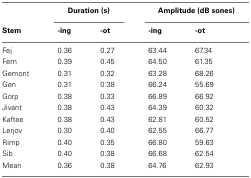
<table><thead><tr><td></td><td colspan="2"><b>Duration (s)</b></td><td colspan="2"><b>Amplitude (dB sones)</b></td></tr><tr><td><b>Stem</b></td><td><b>-ing</b></td><td><b>-ot</b></td><td><b>-ing</b></td><td><b>-ot</b></td></tr></thead><tbody><tr><td>Fej</td><td>0.36</td><td>0.27</td><td>63.44</td><td>67.34</td></tr><tr><td>Fem</td><td>0.39</td><td>0.45</td><td>64.50</td><td>61.35</td></tr><tr><td>Gemont</td><td>0.31</td><td>0.32</td><td>63.28</td><td>68.26</td></tr><tr><td>Gen</td><td>0.31</td><td>0.38</td><td>66.24</td><td>55.69</td></tr><tr><td>Gorp</td><td>0.38</td><td>0.33</td><td>66.89</td><td>66.92</td></tr><tr><td>Jivant</td><td>0.38</td><td>0.43</td><td>64.39</td><td>60.32</td></tr><tr><td>Kaftee</td><td>0.38</td><td>0.43</td><td>62.81</td><td>60.52</td></tr><tr><td>Lerjov</td><td>0.30</td><td>0.40</td><td>62.55</td><td>66.77</td></tr><tr><td>Rimp</td><td>0.40</td><td>0.35</td><td>66.80</td><td>59.63</td></tr><tr><td>Sib</td><td>0.40</td><td>0.38</td><td>66.68</td><td>62.54</td></tr><tr><td>Mean</td><td>0.36</td><td>0.38</td><td>64.76</td><td>62.93</td></tr></tbody></table>